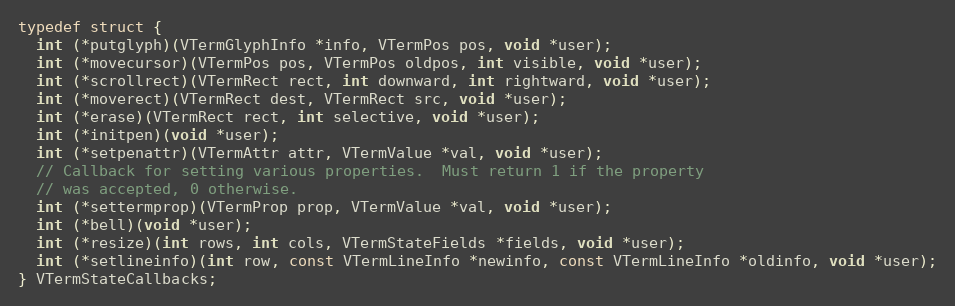
Language: C
typedef struct {
  int (*putglyph)(VTermGlyphInfo *info, VTermPos pos, void *user);
  int (*movecursor)(VTermPos pos, VTermPos oldpos, int visible, void *user);
  int (*scrollrect)(VTermRect rect, int downward, int rightward, void *user);
  int (*moverect)(VTermRect dest, VTermRect src, void *user);
  int (*erase)(VTermRect rect, int selective, void *user);
  int (*initpen)(void *user);
  int (*setpenattr)(VTermAttr attr, VTermValue *val, void *user);
  // Callback for setting various properties.  Must return 1 if the property
  // was accepted, 0 otherwise.
  int (*settermprop)(VTermProp prop, VTermValue *val, void *user);
  int (*bell)(void *user);
  int (*resize)(int rows, int cols, VTermStateFields *fields, void *user);
  int (*setlineinfo)(int row, const VTermLineInfo *newinfo, const VTermLineInfo *oldinfo, void *user);
} VTermStateCallbacks;